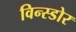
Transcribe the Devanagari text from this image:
विन्स्डोर